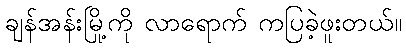
ချန်အန်းမြို့ကို လာရောက် ကပြခဲ့ဖူးတယ်။